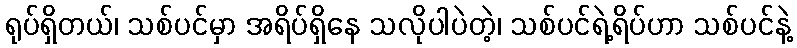
ရုပ်ရှိတယ်၊ သစ်ပင်မှာ အရိပ်ရှိနေ သလိုပါပဲတဲ့၊ သစ်ပင်ရဲ့ရိပ်ဟာ သစ်ပင်နဲ့